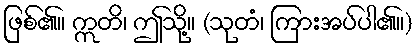
ဖြစ်၏။ ဣတိ၊ ဤသို့။ (သုတံ၊ ကြားအပ်ပါ၏။)